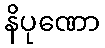
နိပုဏော